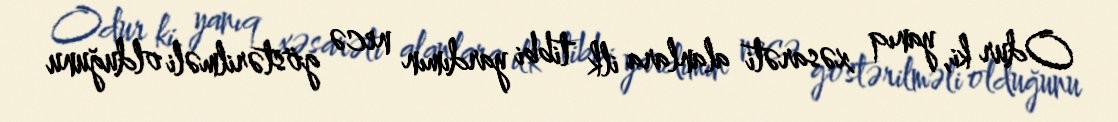
Odur ki, yanıq xəsarəti alanlara ilk tibbi yardımın necə göstərilməli olduğunu